Cholera in southern India
Disease focus: Cholera
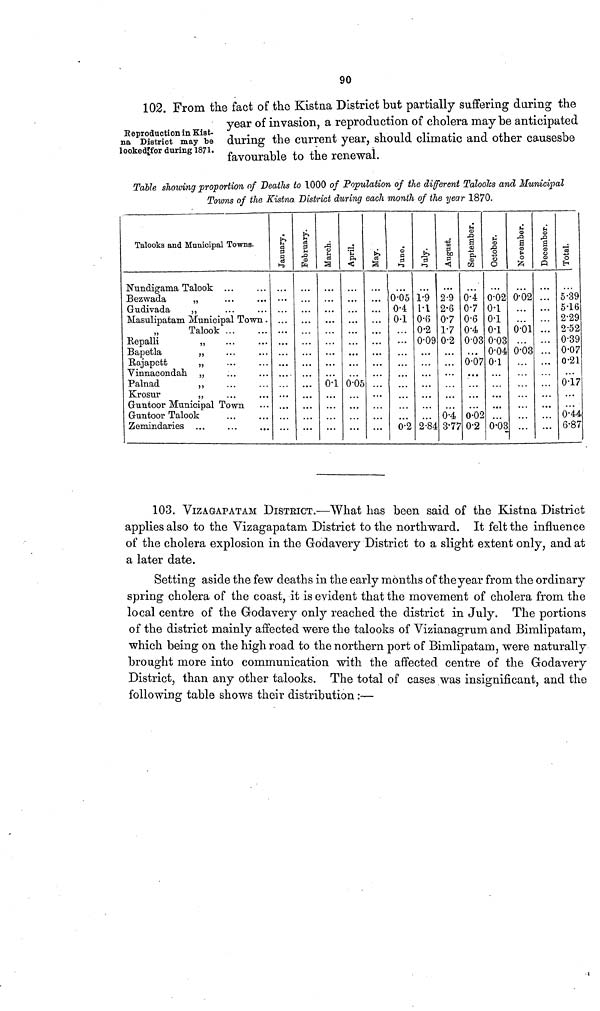
90
Reproduction in Kist-
na District may be
looked for during 1871.
102. From the fact of the Kistna District but partially suffering during the
year of invasion, a reproduction of cholera may be anticipated
during the current year, should climatic and other causesbe
favourable to the renewal.
Table showing proportion of Deaths to 1000 of Population of the different Talooks and Municipal
Towns of the Kisbna. District during each month of the year 1870.
Talooks and Municipal Towns.
Nundigama Talook ... ...
Bezwada
„ ...
Gudivada
,,
Masulipatam Municipal Town.
Talook
..
...
Kepalli
„ ... ...
Bapetla
,, ... ...
Bajapett
„ ... ...
Vinnacondah „ ... ...
Palnad
,, ... ...
Krosur
„ ... ...
Guntoor Municipal Town. ...
Guntoor Talook ... ...
Zemindaries ... ... ... ...
Jaunuary
...
...
...
...
...
...
...
...
...
...
...
...
...
...
Feburuary
...
...
...
...
...
...
...
...
...
...
...
...
...
...
March
...
...
...
...
...
...
...
...
...
0.1
...
...
...
...
April
...
...
...
...
...
...
...
...
...
0-05
...
...
...
...
May
...
...
...
...
...
...
...
...
...
...
...
...
...
...
June
...
0.05
0·4
0-1
...
...
...
...
...
...
...
...
...
0·2
July
...
l·9
l·l
0.6
0·2
0.09
...
...
...
...
...
...
...
2·84
August
...
2·9
2·6
07
1.7
0·2
...
...
...
...
...
...
0·4
3.77
September
...
0·4
07
0·6
0.4
0.03
...
0.07
...
...
...
...
0.02
0·2
Octomber
...
0.02
0·l
0.1
0.1
0-03
0.04
0.1
...
...
...
...
...
0.03
November
...
0.02
...
...
0.01
...
0.03
...
...
...
...
...
...
...
December
Total
...
5·39
. . .
5·16 2·29
...
2·52
0·39
0.07
0.21
0.17
0.44
...
6·87
103. VIZAGAPATAM DISTEICT.—What has been said of the Kistna District
applies also to the Vizagapatam District to the northward. It felt the influence
of the cholera explosion in the Godavery District to a slight extent only, and at
a later date.
Setting aside the few deaths in the early months of the year from the ordinary
spring cholera of the coast, it is evident that the movement of cholera from the
local centre of the Godavery only reached the district in July. The portions
of the district mainly affected were the talooks of Vizianagrum and Bimlipatam,
which being on the high road to the northern port of Bimlipatam, were naturally
brought more into communication with the affected centre of the Godavery
District, than any other talooks. The total of cases was insignificant, and the
following table shows their distribution:—